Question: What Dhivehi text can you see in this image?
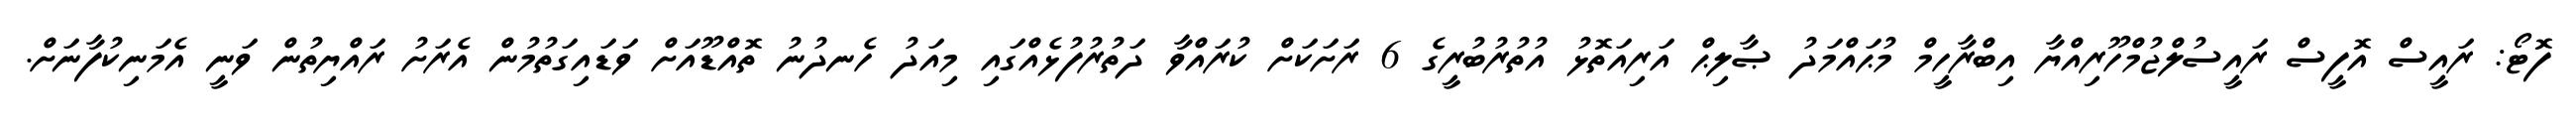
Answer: ފޮޓޯ: ރައީސް އޮފީސް ރައީސުލްޖުމްހޫރިއްޔާ އިބްރާހީމް މުޙައްމަދު ޞާލިޙް އަރިއަތޮޅު އުތުރުބުރީގެ 6 ރަށަކަށް ކުރައްވާ ދަތުރުފުޅެއްގައި މިއަދު ހެނދުނު ތޮއްޑޫއަށް ވަޑައިގަތުމުން އެރަށު ރައްޔިތުން ވަނީ އެމަނިކުފާނަށް.